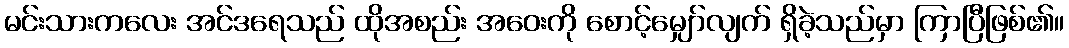
မင်းသားကလေး အင်ဒရေသည် ထိုအစည်း အဝေးကို စောင့်မျှော်လျက် ရှိခဲ့သည်မှာ ကြာပြီဖြစ်၏။